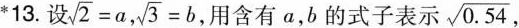
*13.设 $$\sqrt{2}=a,$$ $$\sqrt{3}=b$$ 用含有α，b的式子表示 $$\sqrt{0.54}$$